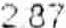
2.87